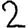
Digit: 2